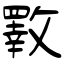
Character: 斁